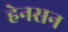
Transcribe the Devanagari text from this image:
हेनसन